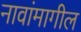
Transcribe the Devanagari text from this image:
नावांमागील